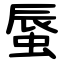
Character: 蜃